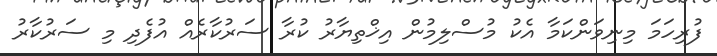
ފުރިހަމަ މިނިވަންކަމާ އެކު މުސްލިމުން އިޚްތިޔާރު ކުރާ ސަރުކާރެއް އުފެދި މި ސަރުކާރު